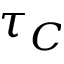
\tau _ { C }